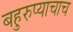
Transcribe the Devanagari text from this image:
बहुरुप्याचाच